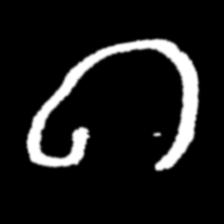
Pyu character \u2014 Myanmar letter: ဂ (romanized: ga)